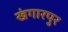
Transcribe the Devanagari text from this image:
खंगारपुर